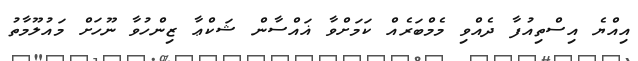
އިއްޔެ އިސްތިއުފާ ދެއްވި މެމްބަރެއް ކަމަށްވާ ޣައްސާން ޝަކްޢާ ޒިންހުވާ ނޫހަށް މައުލޫމާތު